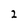
Character: 2